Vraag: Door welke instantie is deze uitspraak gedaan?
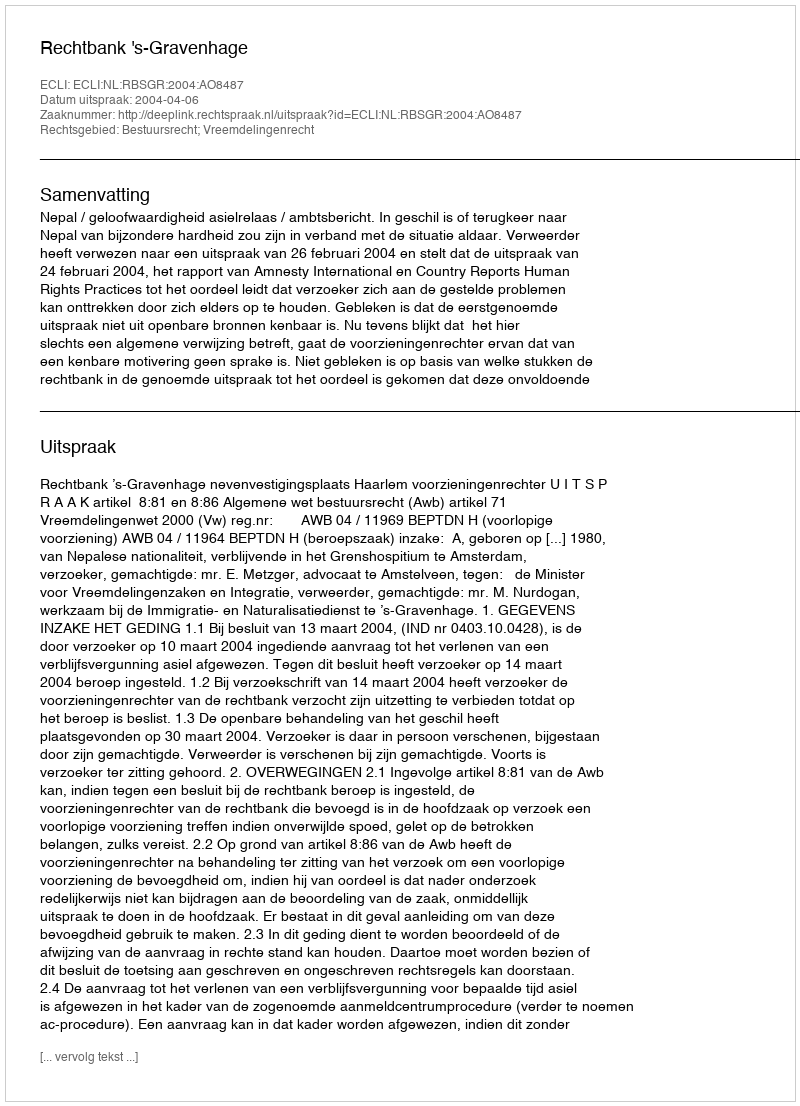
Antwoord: Rechtbank 's-Gravenhage